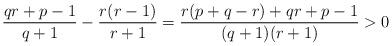
LaTeX: \begin{align*}\frac{qr+p-1}{q+1}-\frac{r(r-1)}{r+1}=\frac{r(p+q-r)+qr+p-1}{(q+1)(r+1)}>0\end{align*}